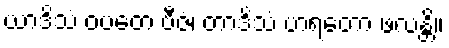
ယာဒိသံ ဝပတေ ဗီဇံ၊ တာဒိသံ ဟရတော ဖလန္တိ။